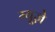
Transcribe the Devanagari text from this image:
म्यूज़े